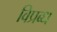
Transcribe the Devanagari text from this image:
विप्रब्ध